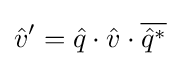
{\hat {v}}'={\hat {q}}\cdot {\hat {v}}\cdot {\overline {{\hat {q}}^{*}}}